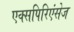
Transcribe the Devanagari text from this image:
एक्सपिरिएंसेज